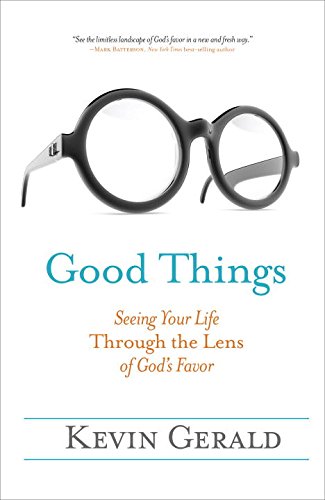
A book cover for Good Things: Seeing Your Life Through the Lens of God's Favor; Kevin Gerald; Self-Help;